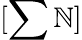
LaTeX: [\sum\mathbb{N}]